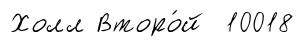
Холл Второ́й 10018